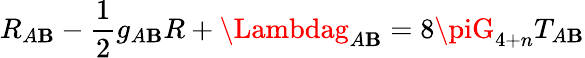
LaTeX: R_{A\mathbf{B}}-\frac{{1}}{{2}}g_{A\mathbf{B}}R+\Lambdag_{A\mathbf{B}}=8\piG_{4+n}T_{A\mathbf{B}}